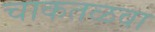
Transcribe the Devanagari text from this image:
चाकतळवा